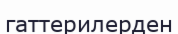
гаттерилерден